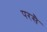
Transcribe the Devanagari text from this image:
परसै